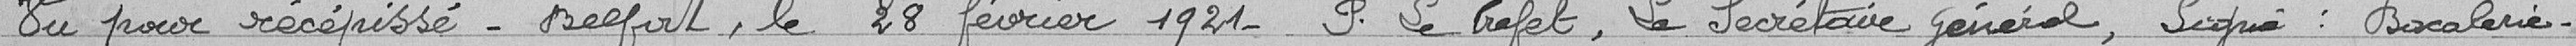
Vu pour récépissé - Belfort le 28 février 1921- P. le Préfet, le Secrétaire général, Signé : Bacalarie.